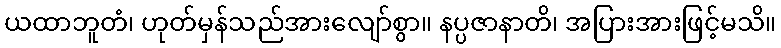
ယထာဘူတံ၊ ဟုတ်မှန်သည်အားလျော်စွာ။ နပ္ပဇာနာတိ၊ အပြားအားဖြင့်မသိ။